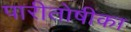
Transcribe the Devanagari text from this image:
पारीतोषीका